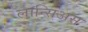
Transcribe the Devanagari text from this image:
लान्सिअस